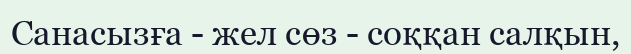
Санасызға - жел сөз - соққан салқын,